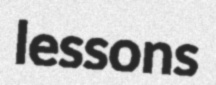
lessons